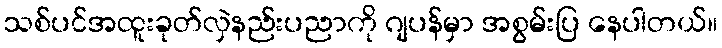
သစ်ပင်အထူးခုတ်လှဲနည်းပညာကို ဂျပန်မှာ အစွမ်းပြ နေပါတယ်။